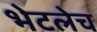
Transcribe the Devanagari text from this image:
भेटलेच